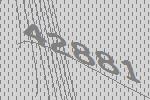
42881